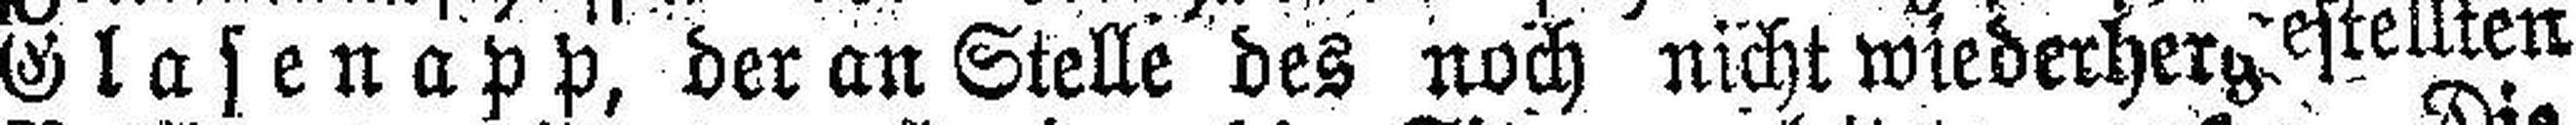
Glasenapp, der an Stelle des noch nicht wiederherst### estellten